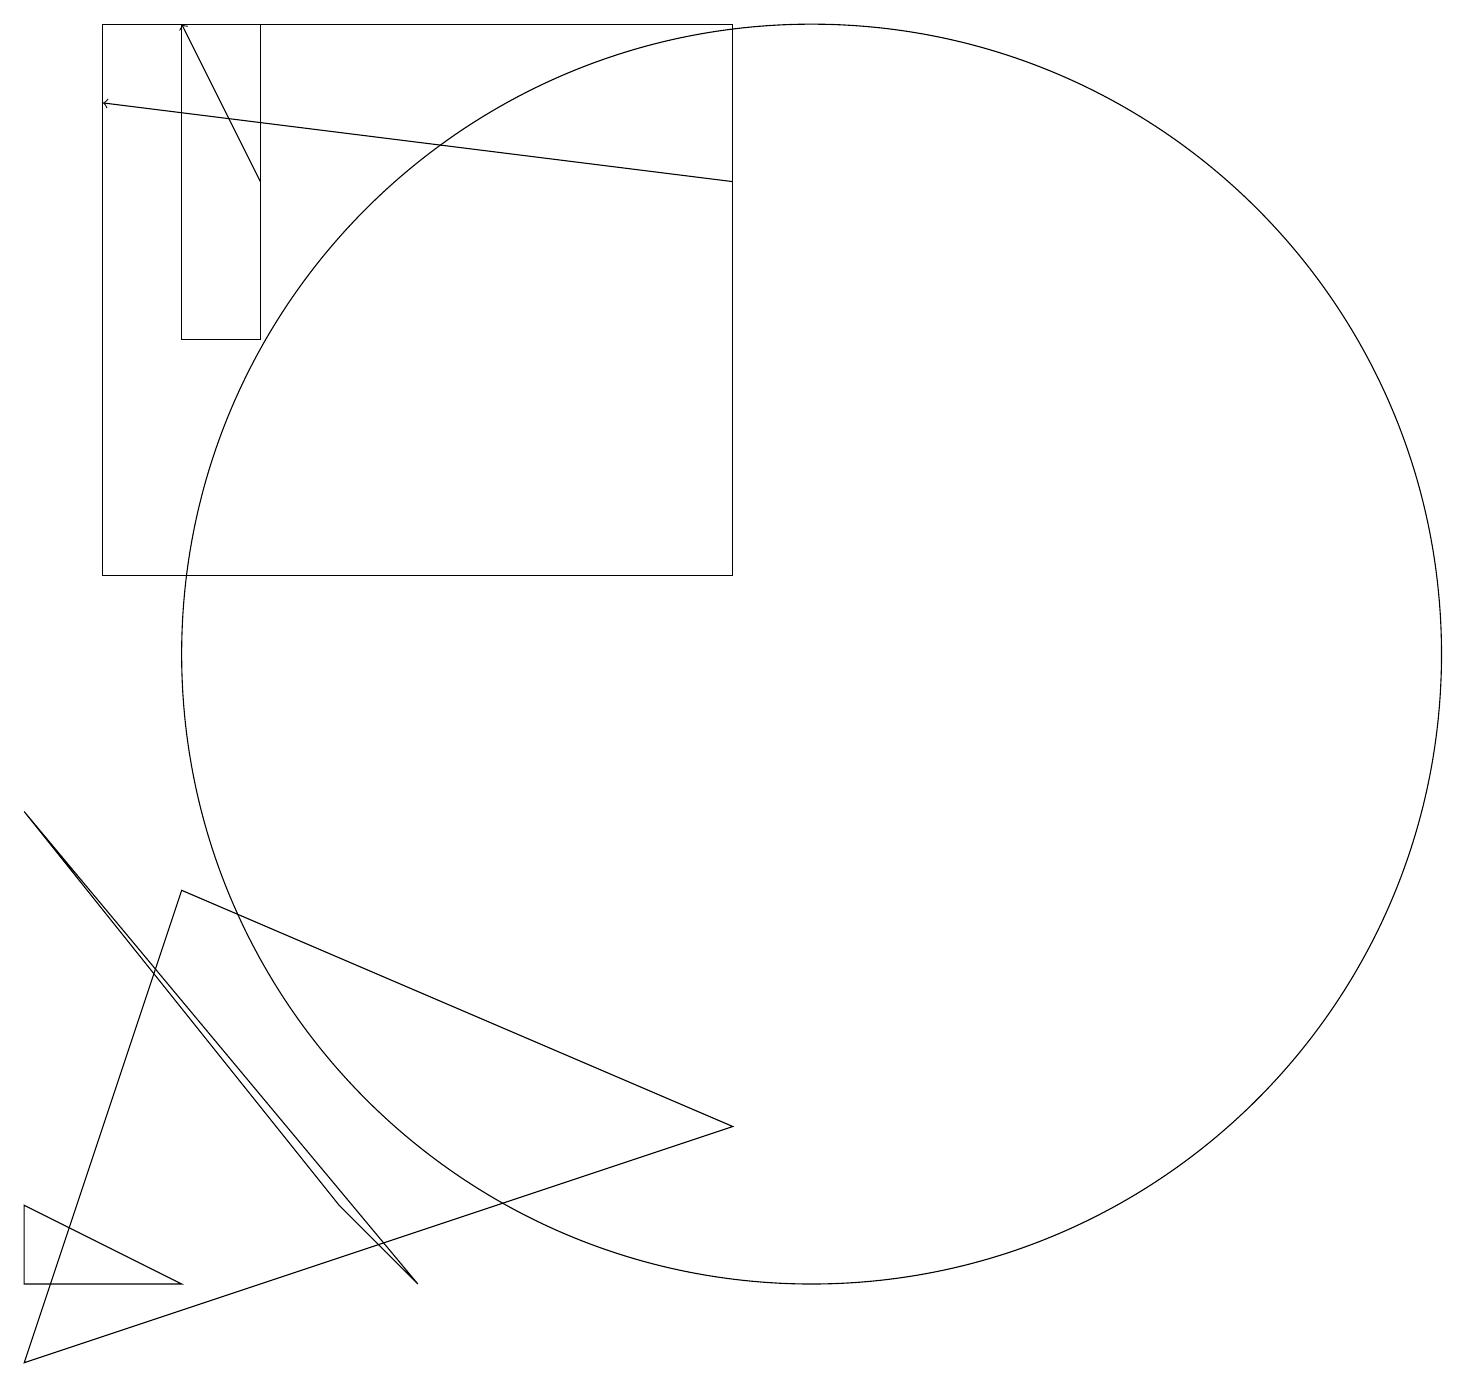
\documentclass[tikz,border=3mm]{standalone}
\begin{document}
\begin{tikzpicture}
\draw (2,2) -- (0,2) -- (0,3) -- cycle;
\draw[->] (9,16) -- (1,17);
\draw (10,10) circle (8);
\draw (3,14) rectangle (2,18);
\draw (1,18) rectangle (9,11);
\draw[->] (3,16) -- (2,18);
\draw (0,8) -- (5,2) -- (4,3) -- cycle;
\draw (2,7) -- (9,4) -- (0,1) -- cycle;
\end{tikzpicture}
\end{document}